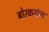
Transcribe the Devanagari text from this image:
बोरकरांना